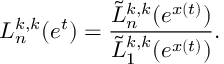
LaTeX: L _ { n } ^ { k , k } ( e ^ { t } ) = \frac { \tilde { L } _ { n } ^ { k , k } ( e ^ { x ( t ) } ) } { \tilde { L } _ { 1 } ^ { k , k } ( e ^ { x ( t ) } ) } .